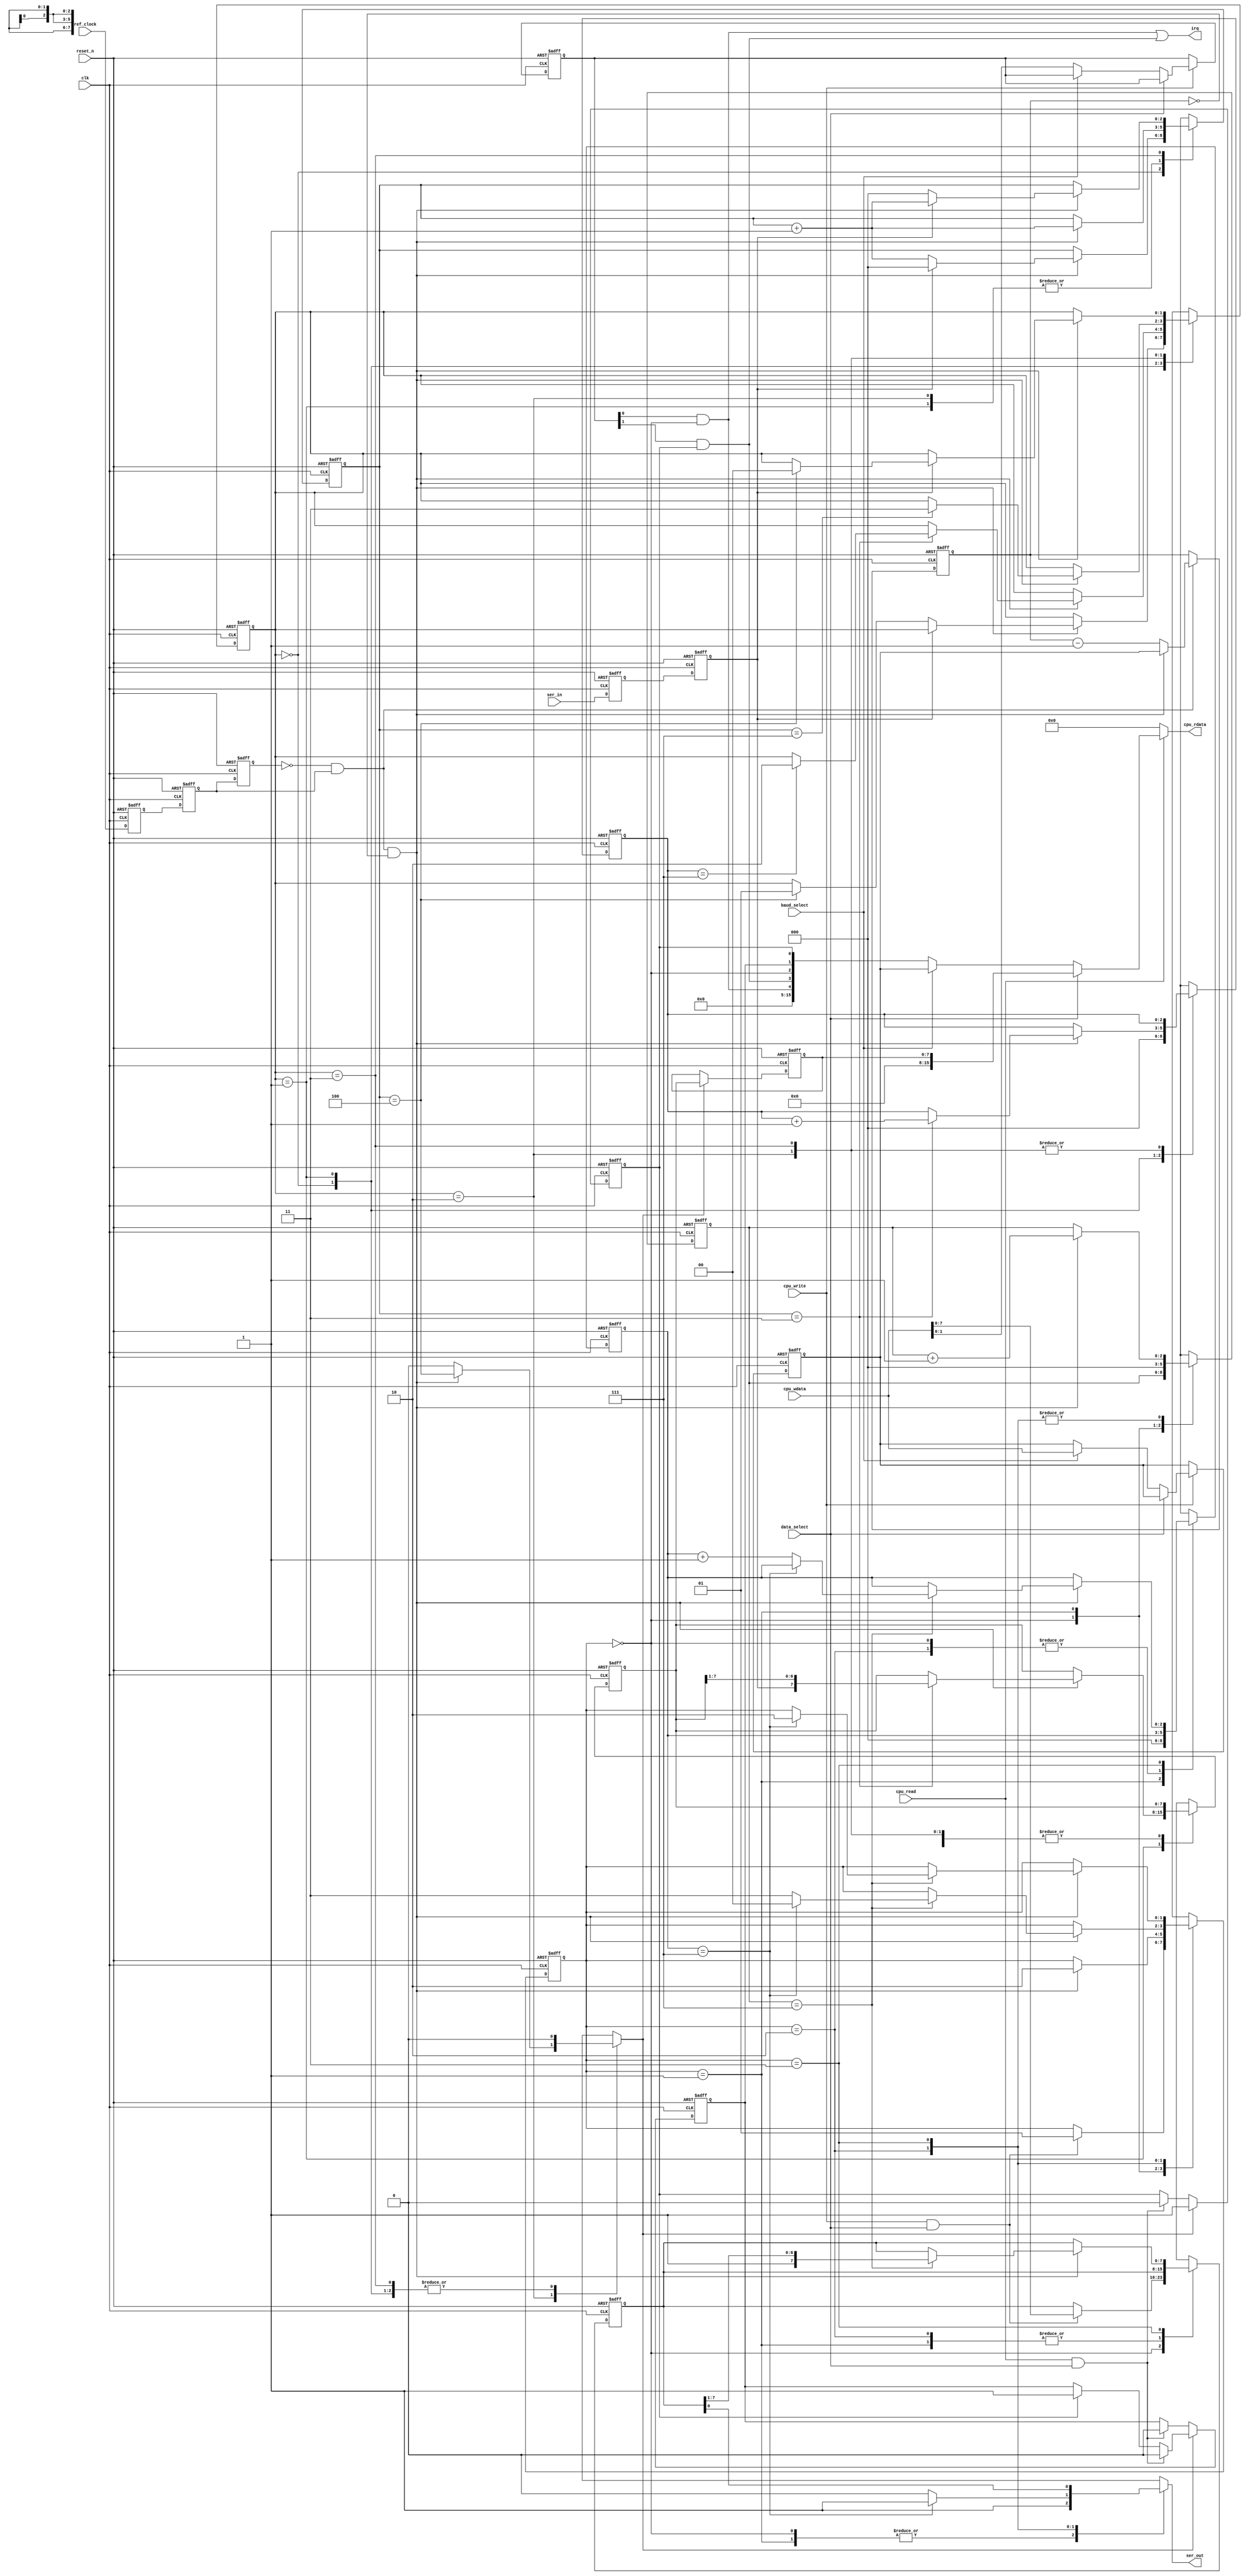
//
// Micro uart 2
//
// Second extension to mini UART
// Added :
// - Reference clock
//
// Aim is to get reasonable UART behaviour with minimal registers.
// Can be used with a CPU or controlled from a hardware FSM.
//
//
// Freeware 2015, Fen Logic Ltd.
// This code is free and is delivered 'as is'.
// It comes without any warranty, to the extent permitted by applicable law.
// There are no restrictions to any use or re-use of this code
// in any form or shape. It would be nice if you keep my company name
// in the source or modified source code but even that is not
// required as I can't check it anyway.
// But the code comes with no warranties or guarantees whatsoever.
//
// Features:
//  - 16 bit baud rate,
//  - eight times oversampling
//  - 1 start bit, 1 stop bit, 8 databits, no parity
//  - Double buffered input and output
//  - Input overrun flag
//  - 16 bit data bus++
//  - Receive & Transmit interrupts
//
// ++ Changing to an 8-bit bus requires splitting (or removing)
//    the baudrate register.
//
// Missing-features**:
//   - Other formats (8/7 bits, 1/2 stop , +parity)
//   - Double buffered transmit
//   - Break generation, break detection
//   - More I/O: CTS, RTS etc.
//
// **As the UART core functionality is present it is not too
//   difficult to add missing features
//

/*
     Current register count:
     Baud rate:
         3 reference clock conversion
        16 holding
        16 counting
     Transmit:
        3 regs for sample counter
        3 regs for bit counter
        8 regs for shift register
        2 regs for state machine
     Receive:
        2 regs for input synchronisation
        3 regs for sample counter
        3 regs for bit counter
        8 regs for shift register
        8 regs for data hold register
        2 regs for state machine
    Control/status:
        1 reg  for 'data recieved' flag
        1 reg  for input overrun error
        2 regs for interrupt control
Total: 78 register

  To save 16 registers the baudrate can be set 'hard coded'.


*/


module micro_uart2
(
   input             clk,         // system clock
   input             reset_n,     // active low reset
   input             ref_clock,   // System unchanging timing clock 
                                  // must be slower then clk/2

   // CPU bus
   input             data_select, // High when cpu read/writes data reg.
   input             baud_select, // High when cpu read/writes baud reg.
   input             cpu_read,    // High when cpu does read
   input             cpu_write,   // High when cpu does write
   input      [15:0] cpu_wdata,   // Data written by cpu
   output reg [15:0] cpu_rdata,   // Data back to cpu,
                                  //     0 when cpu_read is low
   output            irq,         // Interrupt

   //
   input             ser_in,      // Micro uart serial input
   output reg        ser_out      // Micro uart serial output
);


// states
localparam TX_IDLE = 2'h0,
           TX_TICK = 2'h1,
           TX_SS   = 2'h2,
           TX_DATA = 2'h3,

           RX_IDLE = 2'h0,
           RX_DATA = 2'h1,
           RX_LOAD = 2'h2,
           RX_STOP = 2'h3;

localparam TX_IRQ  = 0,
           RX_IRQ  = 1;


reg [ 1:0] irq_enable;
reg        ref_meta,ref_sync,ref_edge;
wire       ref_pulse;
reg [15:0] baud_rate,baud_count;
wire       samp_tick;

reg  [2:0] tx_bit_cnt, nxt_tx_bit_cnt;
reg  [2:0] tx_samp_cnt,nxt_tx_samp_cnt;
reg  [1:0] tx_state,   nxt_tx_state;
reg  [7:0] shift_out,  nxt_shift_out;

reg        ser_in_meta,ser_in_sync;
reg  [2:0] rx_bit_cnt, nxt_rx_bit_cnt;
reg  [2:0] rx_samp_cnt,nxt_rx_samp_cnt;
reg  [1:0] rx_state,   nxt_rx_state;
reg  [7:0] shift_in,   nxt_shift_in;
reg  [7:0] rec_reg;
reg        rx_transfer; // transfer from ser in shift register to data hold
reg        rec_has_data;
reg        overflow;

  //
  // Combinatorial part
  //

   always @( * )
   begin


      //
      // Transmit FSM
      //

      // Defaults for TX FSM
      nxt_tx_state    = tx_state;
      nxt_tx_bit_cnt  = tx_bit_cnt;
      nxt_tx_samp_cnt = tx_samp_cnt;
      nxt_shift_out   = shift_out;

      case (tx_state)
      TX_IDLE :
         begin
           // wait for write to TX register
           // catch the write data and go wait for a tick
           ser_out = 1'b1;
           if (cpu_write & data_select)
           begin
              nxt_shift_out  = cpu_wdata[7:0];
              // if (samp_tick).. could go straight to TX_SS
              // but this is a short wait and saves logic
              nxt_tx_state   = TX_TICK;
           end
         end
      TX_TICK :
         begin
            // wait for sample tick
            nxt_tx_samp_cnt = 3'h0;
            nxt_tx_bit_cnt  = 3'h0;
            ser_out =  1'b1;
            if (samp_tick)
               nxt_tx_state = TX_SS;
         end
      TX_SS :
         // combined start/stop state
         // Saves one FF in state
         // Re-using 3 bit comperator from TX_DATA
         begin
            ser_out = (tx_bit_cnt==3'h7) ? 1'b1 : 1'b0;
            if (samp_tick)
            begin
               nxt_tx_samp_cnt = tx_samp_cnt + 3'h1;
               if (tx_samp_cnt==3'h7)
               begin
                  if (tx_bit_cnt==3'h7)
                     nxt_tx_state = TX_IDLE;
                  else
                     nxt_tx_state = TX_DATA;
               end
            end
         end
      TX_DATA :
         begin
            ser_out = shift_out[0];
            if (samp_tick)
            begin
               nxt_tx_samp_cnt = tx_samp_cnt + 3'h1;
               if (tx_samp_cnt==3'h7)
               begin
                  nxt_shift_out= {1'b1,shift_out[7:1]}; // LS first
                  if (tx_bit_cnt==3'h7)
                     nxt_tx_state = TX_SS;
                  else
                     nxt_tx_bit_cnt = tx_bit_cnt + 3'h1;
               end
            end
         end
      endcase // Transmit FSM


      //
      // Receive FSM
      //

      // Defaults for RX FSM
      nxt_rx_state    = rx_state;
      nxt_rx_bit_cnt  = rx_bit_cnt;
      nxt_rx_samp_cnt = rx_samp_cnt;
      nxt_shift_in    = shift_in;
      rx_transfer     = 1'b0;

      case (rx_state)
      RX_IDLE :
         begin
            nxt_rx_bit_cnt  = 3'h0;
            if (samp_tick)
            begin
               // when input is low increment sample counter
               // if not: clear and thus re-start the count
               if (ser_in_sync==1'b0)
               begin
                  nxt_rx_samp_cnt = rx_samp_cnt + 3'h1;

                  // When do we decide it was really a start bit?
                  // after 4,5,6 conseq zeros???
                  if (rx_samp_cnt==3'h4) // 5??  6??
                     nxt_rx_state = RX_DATA;
               end
               else
                  nxt_rx_samp_cnt = 3'h0;

             end
         end
      RX_DATA :
         if (samp_tick)
         begin
            // let sample counter wrap around
            nxt_rx_samp_cnt = rx_samp_cnt + 3'h1;
            if (rx_samp_cnt==3'h3)
            begin
               // half way the next bit
               nxt_shift_in= {ser_in_sync,shift_in[7:1]}; // LS first
               nxt_rx_bit_cnt = rx_bit_cnt + 3'h1;
               if (rx_bit_cnt==3'h7)
                  nxt_rx_state = RX_LOAD;
            end
         end

      RX_LOAD :
         // load the data and wait for the last bit to finish
         if (samp_tick)
         begin
            rx_transfer = (rx_samp_cnt==3'h4);
            nxt_rx_samp_cnt = rx_samp_cnt + 3'h1;
            if (rx_samp_cnt==3'h7)
               nxt_rx_state = RX_STOP;
         end

      RX_STOP :
         if (samp_tick)
         begin
            // when input is high increment sample counter
            // if not: clear and thus re-start the count
            if (ser_in_sync==1'b1)
            begin
               nxt_rx_samp_cnt = rx_samp_cnt + 3'h1;

               // When do we decide it was really a stop bit?
               // after 4,5,6 consec. ones???
               // Do NOT wait for 8 as we want to be able to
               // early detect the next start bit
               // because baudrates rarely match for 100%
               if (rx_samp_cnt==3'h4)  // 5?? 6??
                  nxt_rx_state = RX_IDLE;
            end
            else
               nxt_rx_samp_cnt = 3'h0;

         end
      endcase // Receive FSM
   end // always

   // use rising edge of ref clock for baudrate
   assign ref_pulse = ~ref_edge & ref_sync;
   
   // Or you can use both edges running twice as fast:
   // assign ref_pulse = ref_edge ^ ref_sync;
   

   assign samp_tick = ref_pulse & (baud_count==16'h0000);

  //
  // Register part
  //

   always @(posedge clk or negedge reset_n)
   begin
      if (!reset_n)
      begin
         ser_in_meta  <= 1'b0;
         ser_in_sync  <= 1'b0;
         ref_meta     <= 1'b0;
         ref_sync     <= 1'b0;
         ref_edge     <= 1'b0;
         rec_has_data <= 1'b0;
         overflow     <= 1'b0;
         baud_count   <= 16'h0; // can set default baudrate here

         tx_state    <= TX_IDLE;
         rx_state    <= RX_IDLE;
         rx_samp_cnt <= 3'h0;
         tx_samp_cnt <= 3'h0;
         irq_enable  <= 2'b00;


         // Reset for these not strickly necessary
         shift_out   <= 8'h00;
         shift_in    <= 8'h00;
         rx_bit_cnt  <= 3'h0;
         tx_bit_cnt  <= 3'h0;
         rec_reg     <= 8'h00;
         baud_rate   <= 16'h0;

      end
      else
      begin

         // Input synchroniser
         // set false path from input to ser_in_meta
         ser_in_meta <= ser_in;
         ser_in_sync <= ser_in_meta;
         
         // Reference clock synchroniser
         // set false path from input to ref_meta
         ref_meta     <= ref_clock;
         ref_sync     <= ref_meta;
         
         // Edge detection
         ref_edge     <= ref_sync;
         
         // Baudrate
         if (ref_pulse)
         begin
            if (samp_tick)
               baud_count <= baud_rate; // can make this a constant
            else
               baud_count <= baud_count-1'b1;
         end


         // default state machine transfers
         tx_bit_cnt  <= nxt_tx_bit_cnt;
         tx_samp_cnt <= nxt_tx_samp_cnt;
         tx_state    <= nxt_tx_state;
         shift_out   <= nxt_shift_out;
         rx_bit_cnt  <= nxt_rx_bit_cnt;
         rx_samp_cnt <= nxt_rx_samp_cnt;
         rx_state    <= nxt_rx_state;
         shift_in    <= nxt_shift_in;


         // CPU writes baudrate or control bits
         if (cpu_write)
         begin
            if (~data_select)
            begin
               if (baud_select)
                  baud_rate <= cpu_wdata[15:0];
               else
                  irq_enable <= cpu_wdata[1:0];
            end
         end

         // transfer received data
         // rx_transfer and cpu data read both control the
         // 'rec_has_date' and 'overflow' bits
         if (rx_transfer)
         begin
            // data arriving
            rec_reg      <= shift_in;
            rec_has_data <= 1'b1; // we have unread data!

            // if CPU reads at the same time we are (just!) OK
            if (cpu_read & data_select)
               overflow <= 1'b0; // on read always clear overflow flag
            else
               // new data arrived when old data was not read
               if (rec_has_data)
                  overflow <= 1'b1;
         end
         else
         begin
            if (cpu_read & data_select)
            begin
               overflow     <= 1'b0; // on read always clear overflow flag
               rec_has_data <= 1'b0; // no more data waiting
            end
         end

      end // clocked

   end // always

   // Transmitter ready for next byte
wire tx_ready = (tx_state==TX_IDLE);

   //
   // Level interrupts
   //
wire tx_irq = (irq_enable[TX_IRQ] & tx_ready);
wire rx_irq = (irq_enable[RX_IRQ] & rec_has_data);

   assign irq = tx_irq | rx_irq ;

   //
   // CPU data read multiplexing
   //
   // Default on a read the status comes out which also makes it easier
   // to connect the UART to a hardware data processor.
   //
   always @( * )
   begin
      if (cpu_read)
      begin
         if (data_select)
            cpu_rdata = {8'h00,rec_reg};
         else
         if (baud_select)
            cpu_rdata = baud_rate;
         else
            // assume status reg. read
            cpu_rdata = {11'h0,tx_irq,rx_irq,tx_ready,overflow,rec_has_data};
      end
      else
         cpu_rdata = 16'h0; // allows OR-ing of data busses
   end


endmodule